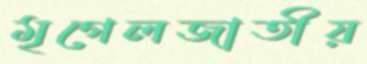
মৃগেলজাতীয়